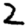
Digit: 2